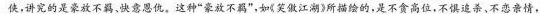
侠，讲究的是豪放不羁，快意恩仇。这种”豪放不羁”，如《笑傲江湖》所描绘的，是不贪高位，不惧追杀、不恋亲情，